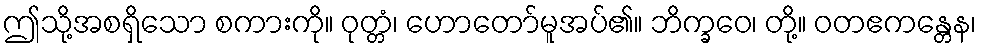
ဤသို့အစရှိသော စကားကို။ ဝုတ္တံ၊ ဟောတော်မူအပ်၏။ ဘိက္ခဝေ၊ တို့။ ဝတဧကန္တေန၊